Vaccination in Burma 1912-1922 - 1912-1922
Year: 1912
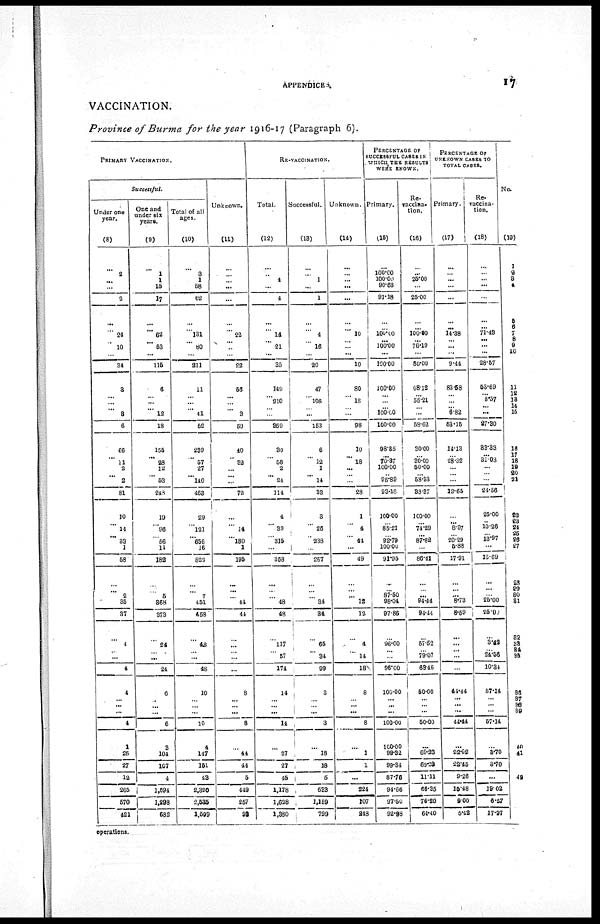
APPENDICES.
17
VACCINATION.
Province of Burma for the year 1916-17 (Paragraph 6).
PRIMARY VACCINATION.
Successful.
Under one
year.
(8)
...
2
...
...
2
...
...
24
...
10
...
34
3
... ... ... 3
6
66
... 11
2
... 2
81
10
...
14
... 33
1
58
...
... 2
35
37
...
4
... ...
4
4
...
...
...
4
1
26
27
12
265
570
421
One and
under six
years.
(9)
...
1
1
15
17
...
...
62
...
53
...
115
6
... ...
... 12
18
155
...
28
12
...
53
248
19
...
96
... 56
11
182
...
...
5
368
373
...
24
... ...
24
6
...
...
...
6
3
104
107
4
1,094
1,298
682
Total of all
ages.
(10)
...
3
1
58
62
...
...
131
...
80
...
211
11
... ...
...
41
52
239
...
57
27
... 140
463
29
... 121
...
656
16
822
...
... 7
451
458
...
48
... ...
48
10
...
...
...
10
4
147
151
43
2,320
2,535
1,509
Unknown.
(11)
...
...
... ...
...
...
...
22
... ...
...
22
56
... ...
...
3
59
40
...
32
...
... ...
72
...
...
14
... 180
1
195
...
...
... 44
44
...
...
... ...
...
8
...
...
...
8
...
44
44
5
449
257
92
RE-VACCINATION.
Total.
(12)
...
...
4
...
4
...
...
14
...
21
...
35
149
...
210
...
...
359
30
...
58
2
... 24
114
4
...
39
... 315
...
358
...
... ...
48
48
...
117
...
57
174
14
...
...
...
14
...
27
27
45
1,178
1,628
1,380
Successful.
(13)
...
... 1
...
1
...
...
4
...
16
...
20
47
...
106
... ...
153
6
...
12
1
... 14
33
3
...
26
...
233
...
267
...
... ...
34
34
...
65
...
34
99
8
...
...
...
3
...
18
18
5
633
1,159
729
Unknown.
(14)
...
...
...
...
...
...
...
10
... ...
...
10
80
...
18
... ...
98
10
... 18
...
... ...
28
1
...
4
... 44
...
49
...
... ... 12
12
...
4
...
14
18
8
...
...
...
8
...
1
1
...
224
107
248
PERCENTAGE OF
SUCCESSFUL CASES IN
WHICH THE RESULTS
WERE KNOWN.
Primary.
(15)
...
100.00
100.00
90.63
91.18
...
... 100.10
... 100.00
...
100.00
100.00
... ...
...
100.00
100.00
98.35
... 70.37
100.00
... 95.89
93.16
100.00
... 85.21
...
92.79
100.00
91.95
...
...
87.50
98.04
97.86
...
96.00
... ...
96.00
100.00
...
...
...
100.00
100.00
99.32
99.34
87.76
94.66
97.50
92.98
Re¬
vaccina¬
tion.
(16)
...
...
25.00
...
25.00
...
... 100.00
... 76.19
...
80.00
68.12
... 55.21
...
......
58.62
30.00
...
80.00
50.00
...
58.33
88.37
100.00
... 74.29
...
87.82
...
86.41
...
... ... 94.44
94.44
...
57.52
... 79.07
63.46
50.00
...
...
...
50.00
...
68.23
69.23
11.11
66.35
76.20
64.40
PERCENTAGE OF
UNKNOWN CASES TO
TOTAL CASES.
Primary.
(17)
...
... ...
...
...
...
... 14.38
... ...
...
9.44
83.58
... ... ... 6.82
53.15
14.13
...
28.32
...
... ...
12.65
...
... 8.97
...
20.29
5.88
17.91
...
...
... 8.73
8.59
...
...
... ...
...
44.44
...
...
...
44.44
...
22.92
22.45
9.26
15.48
9.00
5.42
Re¬
vaccina-
tion.
(18)
...
... ...
...
...
...
... 71.48
... ...
...
28.57
53.69
... 8.57
...
...
27.30
33.33
...
31.03
...
...
...
24.56
25.00
... 10.26
... 13.97
...
13.69
...
...
... 25.00
25.00
...
3.42
... 24.58
10.34
57.14
...
...
...
57.14
...
3.70
3.70
...
19.02
6.57
17.97
No.
(19)
1
2
3
4
5
6 7
8
9
10
11
12 13
14
15
16
17
18
19
20
21
22
23
24
25 26
27
23
29
30
31
32
33
34
35
36
37
38
39
40
41
42
operations.